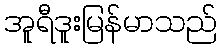
အူရီဒူးမြန်မာသည်